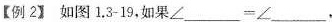
如图1.3-19，如果\angle ___= \angle ___